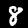
Digit: 8